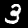
Digit: 3